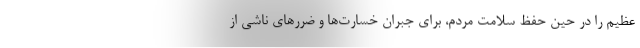
عظیم را در حین حفظ سلامت مردم، برای جبران خسارت‌ها و ضررهای ناشی از